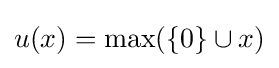
u(x)=\max(\{0\}\cup x)